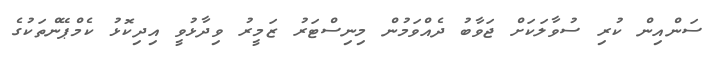
ސަންއިން ކުރި ސުވާލަކަށް ޖަވާބު ދެއްވަމުން މިނިސްޓަރު ޒަމީރު ވިދާޅުވީ އިދިކޮޅު ކެމްޕޭންތަކުގެ